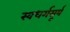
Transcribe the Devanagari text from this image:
स्वधर्मसूर्य